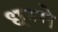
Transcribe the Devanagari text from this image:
धम्मे